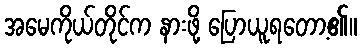
အမေကိုယ်တိုင်က နားဖို့ ပြောယူရတော့၏။